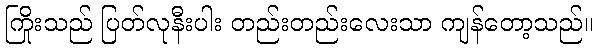
ကြိုးသည် ပြတ်လုနီးပါး တည်းတည်းလေးသာ ကျန်တော့သည်။